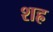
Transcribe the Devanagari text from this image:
शह्र